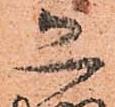
恐